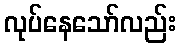
လုပ်နေသော်လည်း